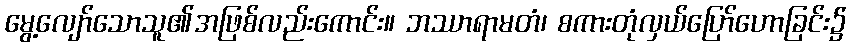
မွေ့လျော်သောသူ၏အဖြစ်လည်းကောင်း။ ဘဿာရာမတံ၊ စကားတုံလှယ်ပြော်ဟောခြင်း၌